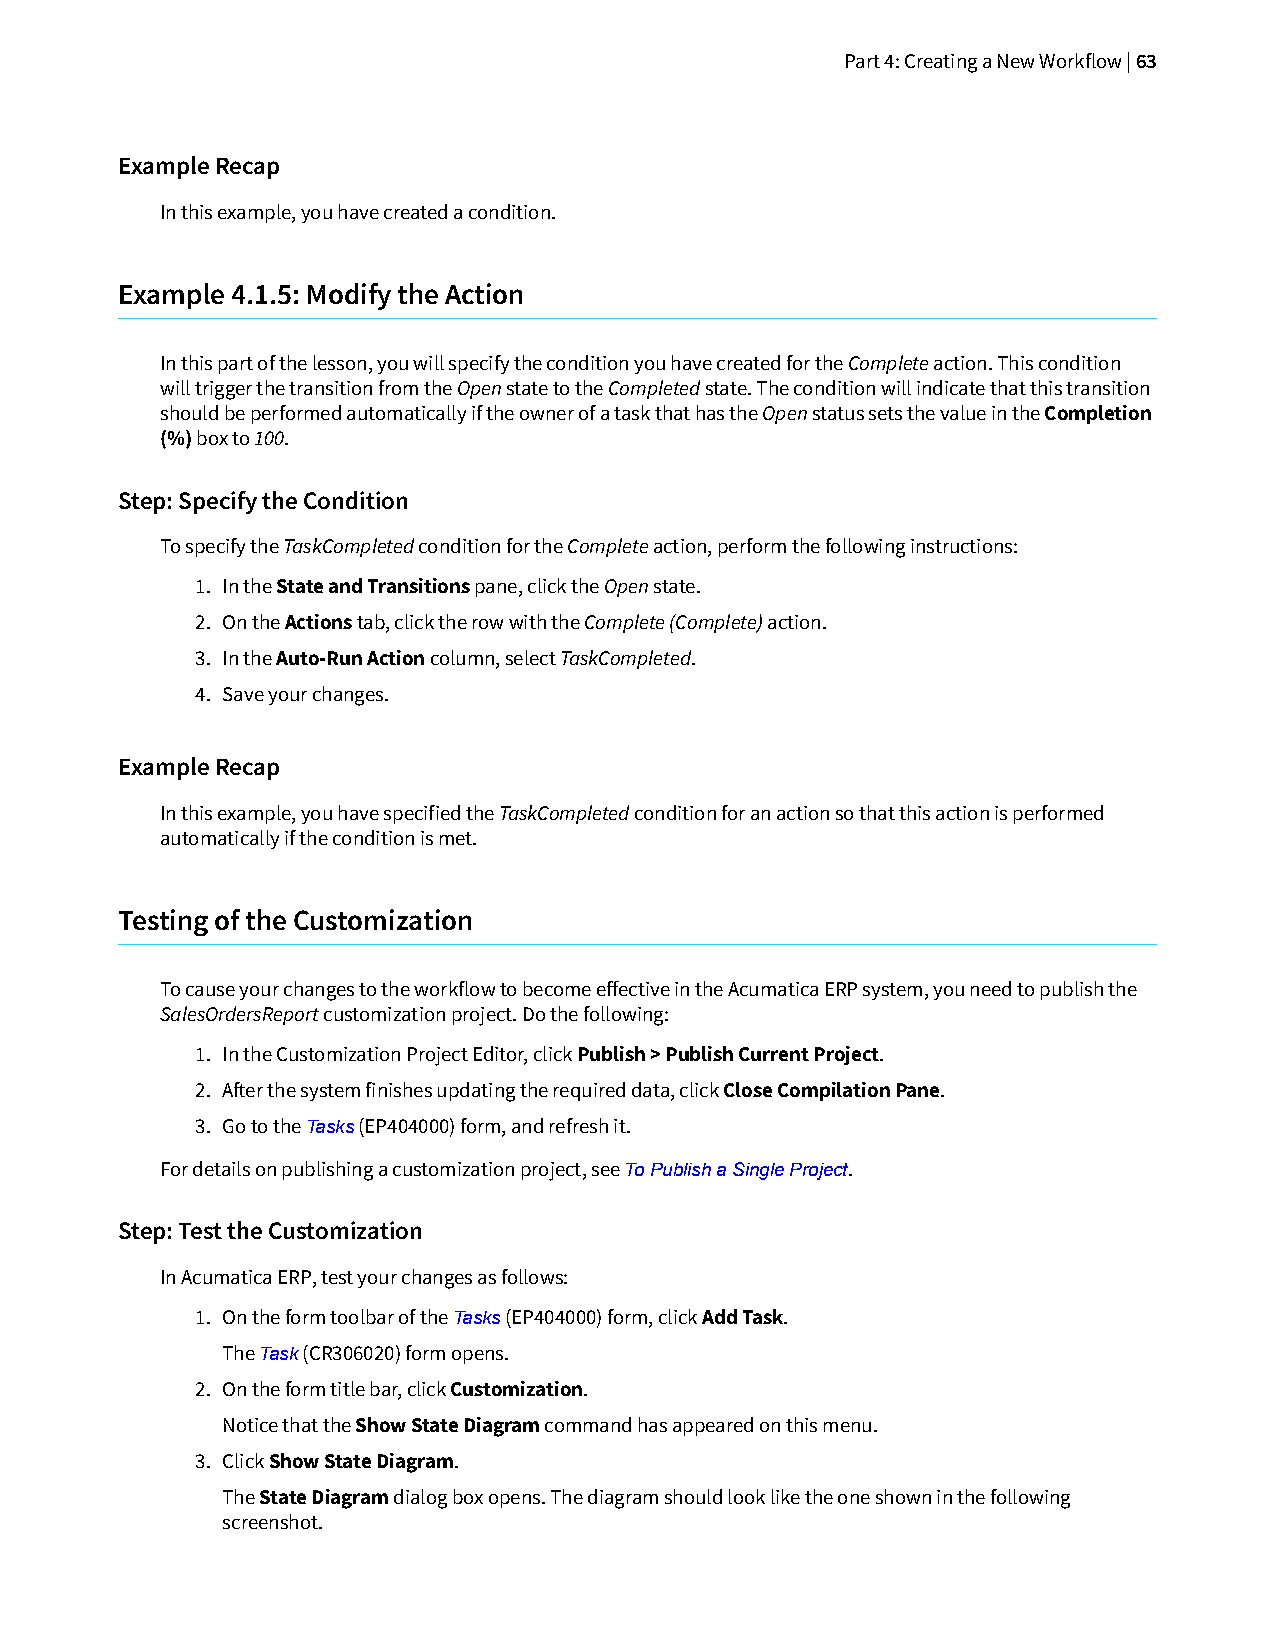
Part 4: Creating a New Workflow | 63
 Example Recap
 In this example, you have created a condition.
 Example 4.1.5: Modify the Action
 In this part of the lesson, you will specify the condition you have created for the Complete action. This condition
 will trigger the transition from the Open state to the Completed state. The condition will indicate that this transition
 should be performed automatically if the owner of a task that has the Open status sets the value in the Completion
 (%) box to 100.
 Step: Specify the Condition
 To specify the TaskCompleted condition for the Complete action, perform the following instructions:
 1. In the State and Transitions pane, click the Open state.
 2. On the Actions tab, click the row with the Complete (Complete) action.
 3. In the Auto-Run Action column, select TaskCompleted.
 4. Save your changes.
 Example Recap
 In this example, you have specified the TaskCompleted condition for an action so that this action is performed
 automatically if the condition is met.
 Testing of the Customization
 To cause your changes to the workflow to become effective in the Acumatica ERP system, you need to publish the
 SalesOrdersReport customization project. Do the following:
 1. In the Customization Project Editor, click Publish > Publish Current Project.
 2. Aer the system finishes updating the required data, click Close Compilation Pane.
 3. Go to the Tasks (EP404000) form, and refresh it.
 For details on publishing a customization project, see To Publish a Single Project.
 Step: Test the Customization
 In Acumatica ERP, test your changes as follows:
 1. On the form toolbar of the Tasks (EP404000) form, click Add Task.
 The Task (CR306020) form opens.
 2. On the form title bar, click Customization.
 Notice that the Show State Diagram command has appeared on this menu.
 3. Click Show State Diagram.
 The State Diagram dialog box opens. The diagram should look like the one shown in the following
 screenshot.